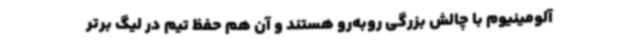
آلومینیوم با چالش بزرگی روبه‌رو هستند و آن هم حفظ تیم در لیگ برتر